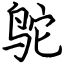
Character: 鸵